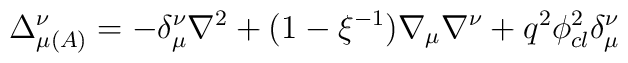
\Delta _{\mu \left( A\right) }^{\nu }=-\delta _{\mu }^{\nu }\nabla^{2}+(1-\xi ^{-1})\nabla _{\mu }\nabla ^{\nu }+q^{2}\phi _{cl}^{2}\delta_{\mu }^{\nu }